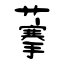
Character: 藆